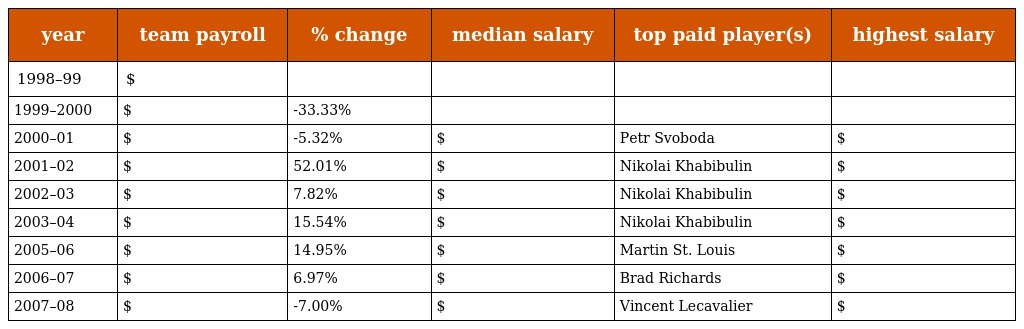
| year | team payroll | % change | median salary | top paid player(s) | highest salary |
 | --- | --- | --- | --- | --- | --- |
 | 1998–99 | $ |  |  |  |  |
 | 1999–2000 | $ | -33.33% |  |  |  |
 | 2000–01 | $ | -5.32% | $ | Petr Svoboda | $ |
 | 2001–02 | $ | 52.01% | $ | Nikolai Khabibulin | $ |
 | 2002–03 | $ | 7.82% | $ | Nikolai Khabibulin | $ |
 | 2003–04 | $ | 15.54% | $ | Nikolai Khabibulin | $ |
 | 2005–06 | $ | 14.95% | $ | Martin St. Louis | $ |
 | 2006–07 | $ | 6.97% | $ | Brad Richards | $ |
 | 2007–08 | $ | -7.00% | $ | Vincent Lecavalier | $ |